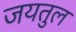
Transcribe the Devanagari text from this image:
जयतुल